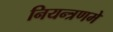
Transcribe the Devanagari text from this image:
नियन्त्रणमे